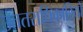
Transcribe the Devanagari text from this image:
उततराधिकारियों